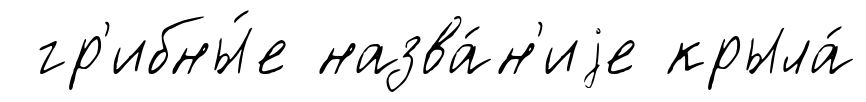
гр'ибны́е назва́н'иjе крыла́